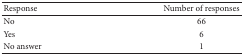
<table><thead><tr><td><b>Response</b></td><td><b>Number of responses</b></td></tr></thead><tbody><tr><td>No</td><td>66</td></tr><tr><td>Yes</td><td>6</td></tr><tr><td>No answer</td><td>1</td></tr></tbody></table>